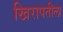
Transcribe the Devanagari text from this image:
खिरापतीला